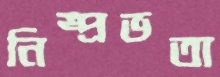
নিষ্প্রভতা